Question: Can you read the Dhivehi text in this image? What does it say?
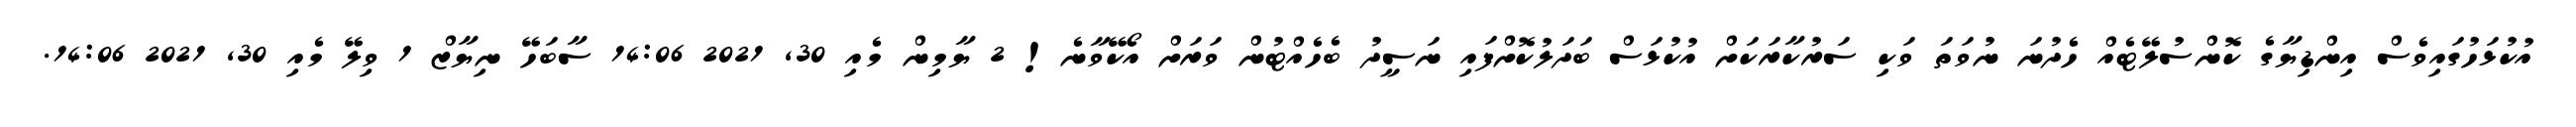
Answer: އުކުޅަހުގައިވެސް އިންޑިޔާގެ ކޮންސުލޭޓެއް ހެދުނަ ނުވަތަ ވަކި ސަރުކާރަކަށް އުކުޅަސް ބަދަލުކޮށްފައި ނަސީދު ބެހެއްޓުން ވަރަށް އޯކޭވާނެ! 2 ޔާމިން މެއި 30, 2021 14:06 ސާބަހޭ ނިޔާޒް 1 ވިލޭ މެއި 30, 2021 14:06.